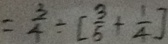
= \frac { 3 } { 4 } \div [ \frac { 3 } { 5 } + \frac { 1 } { 4 } ]